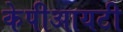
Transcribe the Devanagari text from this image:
केपीआयटी